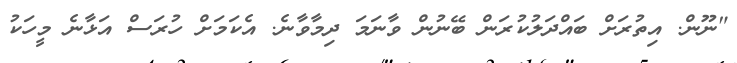
"ނޫން. އިތުރަށް ބައްދަލުކުރަން ބޭނުން ވާނަމަ ދިމާވާނެ. އެކަމަށް ހުރަސް އަޅާނެ މީހަކު